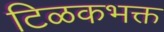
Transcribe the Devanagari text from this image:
टिळकभक्त